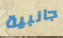
جانبية